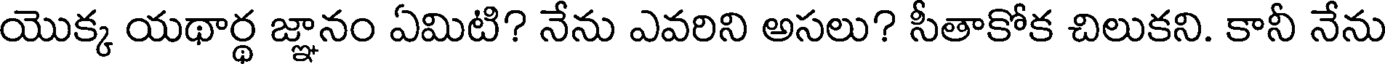
యొక్క యథార్థ జ్ఞానం ఏమిటి? నేను ఎవరిని అసలు? సీతాకోక చిలుకని. కానీ నేను